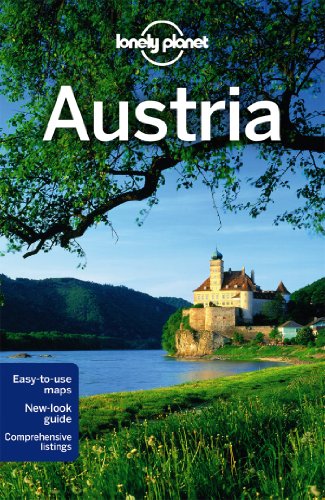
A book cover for Lonely Planet Austria (Travel Guide); Lonely Planet; Travel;